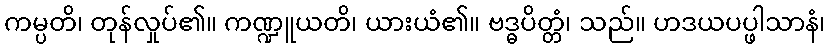
ကမ္ပတိ၊ တုန်လှုပ်၏။ ကဏ္ဍူယတိ၊ ယားယံ၏။ ဗဒ္ဓပိတ္တံ၊ သည်။ ဟဒယပပ္ဖါသာနံ၊